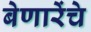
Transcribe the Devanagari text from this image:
बेणारेंचे